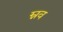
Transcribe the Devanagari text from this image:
म्नव